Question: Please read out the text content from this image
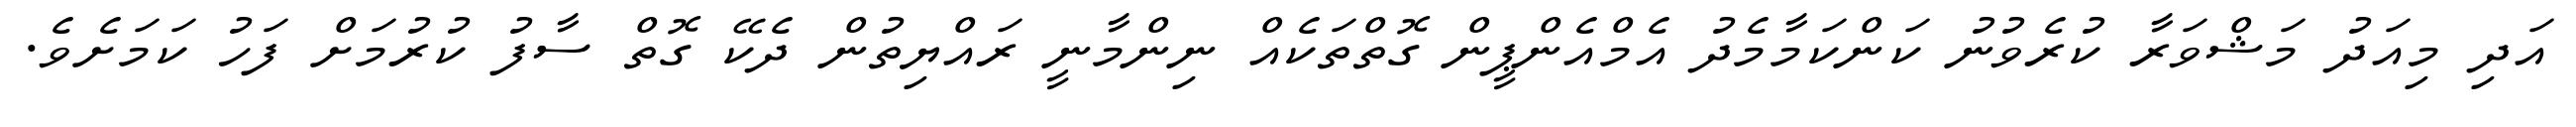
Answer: އަދި މިއަދު މަޝްވަރާ ކުރެވުނު ކަންކަމާމެދު އެމްއެންޕީން ގޮތްތަކެއް ނިންމާނީ ރައްޔިތުން ދެކޭ ގޮތް ސާފު ކުރުމަށް ފަހު ކަމަށެވެ.